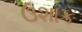
ઉશાક